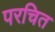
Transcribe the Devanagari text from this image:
परचित